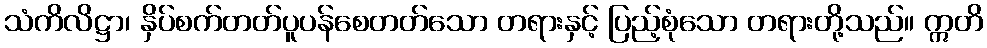
သံကိလိဋ္ဌာ၊ နှိပ်စက်တတ်ပူပန်စေတတ်သော တရားနှင့် ပြည့်စုံသော တရားတို့သည်။ ဣတိ